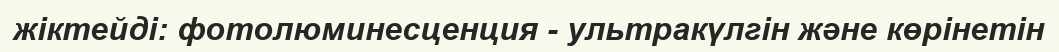
жіктейді: фотолюминесценция - ультракүлгін және көрінетін